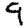
Digit: 9